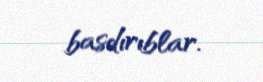
basdırıblar.